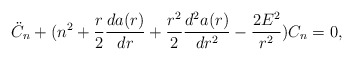
\begin{align*}\ddot{C}_{n}+(n^2+\frac{r}{2}\frac{da(r)}{dr}+\frac{r^2}{2}\frac{d^2a(r)}{dr^2}-\frac{2E^2}{r^2})C_n=0,\end{align*}